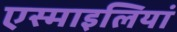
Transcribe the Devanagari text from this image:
एस्माइलियां